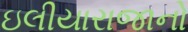
ઇલીયારાજાનો